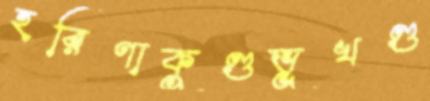
হরিণাকুণ্ডভূখণ্ড